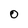
Character: 0